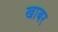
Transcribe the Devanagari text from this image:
खाबर